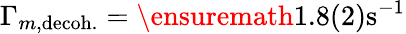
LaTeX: \Gamma_{m,\mathrm{decoh.}}=\ensuremath{1.8(2)\mathrm{s}^{-1}}